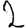
Digit: 2